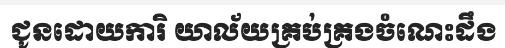
ជូនដោយការិ យាល័យគ្រប់គ្រងចំណេះដឹង